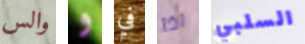
والس و في اذا السلبي